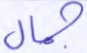
جمال